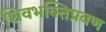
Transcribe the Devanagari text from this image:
शिवभक्तिप्रवण